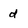
Character: d